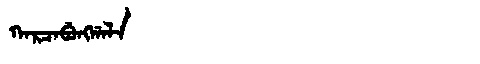
Manchu: ᡴᠠᡵᠴᠠᠪᡠᠩᡤᠠᠯᠠ
Romanization: KARCABUNGGALA